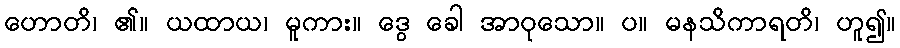
ဟောတိ၊ ၏။ ယထာယ၊ မူကား။ ဒွေ ခေါ အာဝုသော။ ပ။ မနသိကာရတိ၊ ဟူ၍။